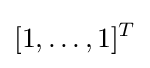
[1,\dots ,1]^{T}